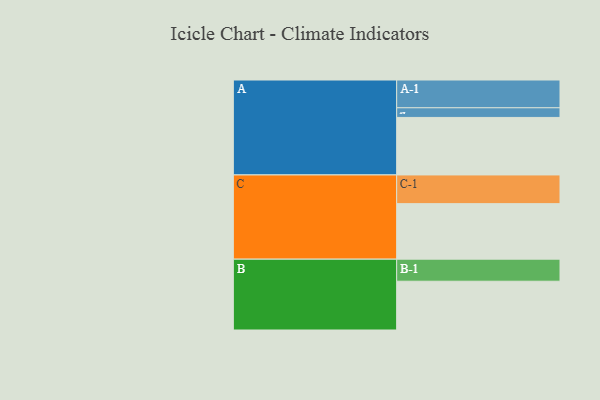
{"axis": {"x": "Segment", "y": "Value"}, "legend": ["", "A", "B", "C"], "data": [{"x": "A", "y": 553, "type": ""}, {"x": "B", "y": 469, "type": ""}, {"x": "C", "y": 534, "type": ""}, {"x": "A-1", "y": 267, "type": "A"}, {"x": "A-2", "y": 93, "type": "A"}, {"x": "B-1", "y": 212, "type": "B"}, {"x": "C-1", "y": 276, "type": "C"}]}